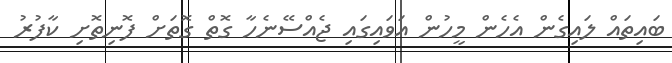
ބައިތައް ލައިގެން އެހެން މީހުން އަވައިގައި ޖެއްސޭނެހާ ގޮތް ގޮތަށް ފޮނިތޮށި ކާފުރު